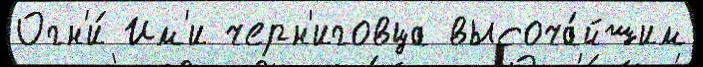
Огн'и́ Им'и черн'иговца высоча́йшим